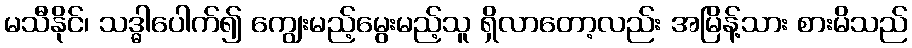
မသီနိုင်၊ သဒ္ဓါပေါက်၍ ကျွေးမည့်မွေးမည့်သူ ရှိလာတော့လည်း အမြိန့်သား စားမိသည်